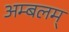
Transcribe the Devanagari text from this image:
अम्बलम्